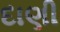
દાણી